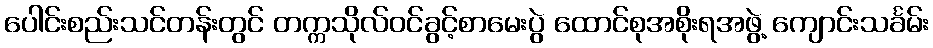
ပေါင်းစည်းသင်တန်းတွင် တက္ကသိုလ်ဝင်ခွင့်စာမေးပွဲ ထောင်စုအစိုးရအဖွဲ့ ကျောင်းသင်္ခမ်း